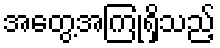
အတွေ့အကြုံရှိသည့်